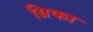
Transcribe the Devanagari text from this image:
ग्रिफा